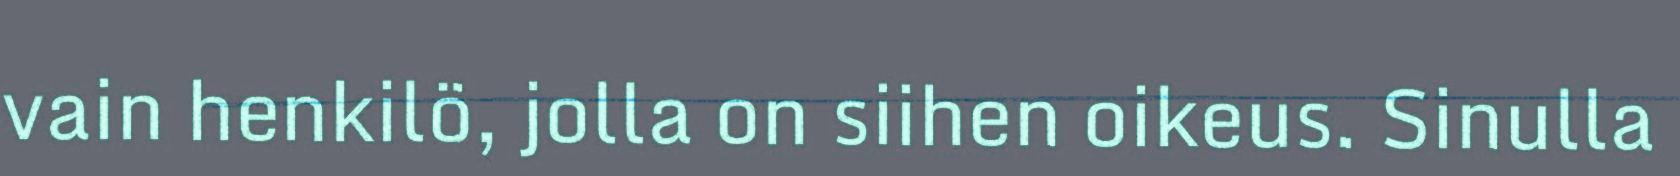
vain henkilö, jolla on siihen oikeus. Sinulla